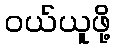
ဝယ်ယူဖို့